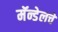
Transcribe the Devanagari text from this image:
मॅन्डेलचे